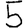
Digit: 5